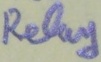
Text: Relay